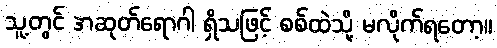
သူ့တွင် အဆုတ်ရောဂါ ရှိသဖြင့် စစ်ထဲသို့ မလိုက်ရတော့။